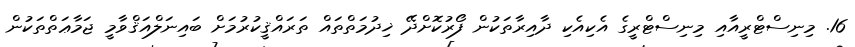
16. މިނިސްޓްރީއާއި މިނިސްޓްރީގެ އެކިއެކި ދާއިރާތަކުން ފޯރުކޮށްދޭ ޚިދުމަތްތައް ތަރައްޤީކުރުމަށް ބައިނަލްއަޤްވާމީ ޖަމާޢަތްތަކުން